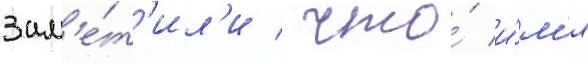
зам'е́т'ил'и / что́ и́м'я